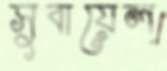
সুবায়েল